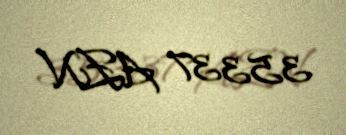
35337 AZN